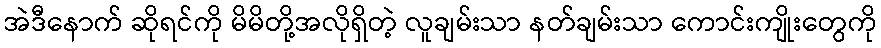
အဲဒီနောက် ဆိုရင်ကို မိမိတို့အလိုရှိတဲ့ လူချမ်းသာ နတ်ချမ်းသာ ကောင်းကျိုးတွေကို